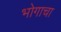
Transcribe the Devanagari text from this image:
भोगाचा